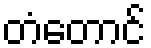
တံတောင်